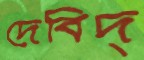
দেবিদ্